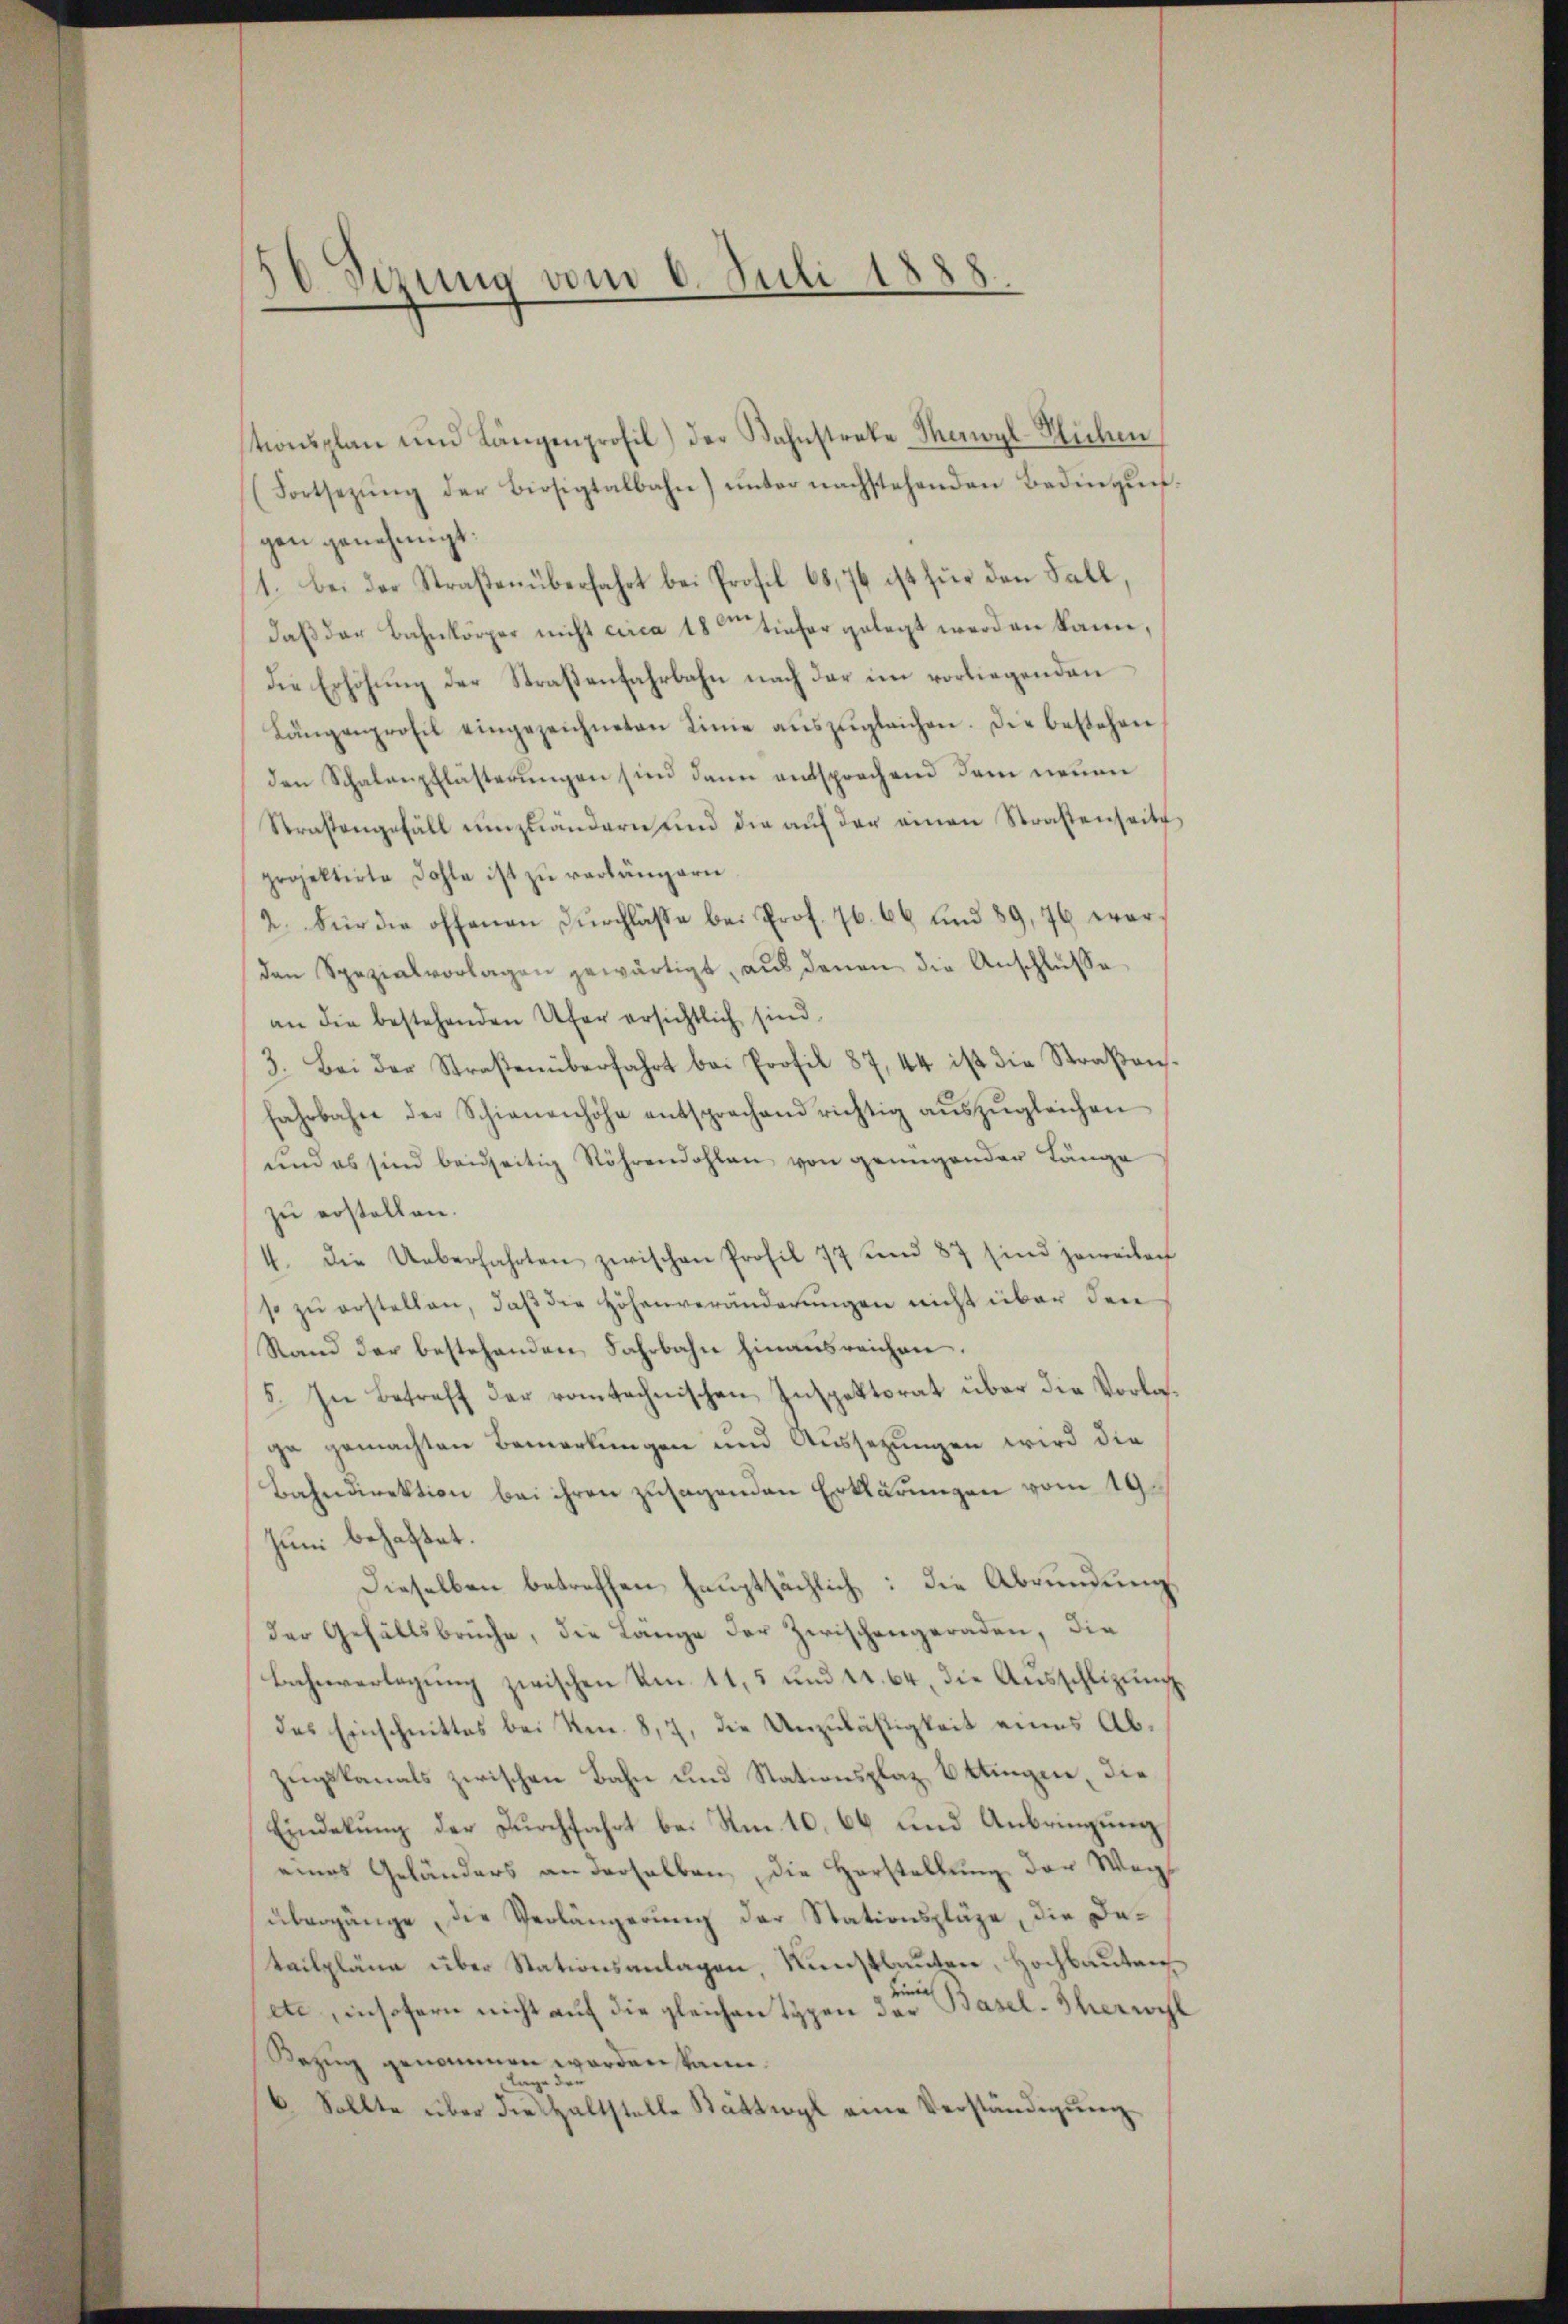
30 Sezung vom 6. Juli 1888.

tionsplan und Längenprofil) der Bahnstreke Menoyl-Huchen
(Fortsezŭng der Bissigtalbahn) ŭnter nachstehenden Bedingŭn-
gen genehmigt.
1. Bei der Straßenüberfahrt bei Profil 68, 76 ist für den Fall,
daß der Bahnkörper nicht circa 18ten tiefer gelegt werden kann,
die Erhöhung der Straßenfahrbahn nach der im vorliegenden
Längenprofil eingezeichneten Linie aŭszŭgleichen. Die bestehen
den Schalenpflästerungen sind dann entsprochend dem neuen
Straßengefäll ŭmzuändern und die aŭf der einen Straßenseits
projektirte Dohle ist zŭ verlängern.
2. Für die offenen Durchlasse bei Prof. 76. 66 und 89, 76 war
den Spezialvorlagen gewärtigt, aŭs denen die Anschlüsse
an die bestehenden Ufer ersichtlich sind.
3. Bei der Straßenüberfahrt bei Profil 87, 44 ist die Straβen-
fahrbahne der Schienenhöhe entsprechend richtig aŭszŭgleichen
und es sind beidseitig Röhrendohlen von genügender Länge
zu erstellen.
4. die Ueberfahrten zwischen Profil 77 und 87 sind jeweilen
so zŭ erstellen, daβ die Höhenveränderungen nicht über den
Stand der bestehenden Fahrbahn hinausreichen.
5. In Betreff der romtechnischen Inspektorat über die Vorlage gemachten Bemerkungen und Aussetzungen wird die
Bahndirektion bei ihren zusagenden Erklärungen vom 19.
Juni behaftet.
Dieselben betreffen hauptsächlich: die Abrundung
der Gefällsbrüche, die Lange der Zwischengeraden, die
Bahnverlegung zwischen Am. 11, 5 und u. 64, die Ausschlizung
des Einschnittes bei Neu. 8, 7, die Unzuläßigkeit eines Abzugskanals zwischen Bahn und Stationsplaz Ettingen, die
Eindekung der Durchfahrt bei Am 10. 66 und Anbringung
eines Geländers an derselben die Herstellŭng der Weg
übergänge, die Verlängerung der Stationspläge, die Datailpläne über Stationsanlagen, Kunstbauten, Hochbautenete, insofern nicht auf die gleichen Typen das Basel- Ihericht
Bezug genommen worden kann.
Lage der
6. Sollte über die Haltstelle Battwyl eine Verständigŭng